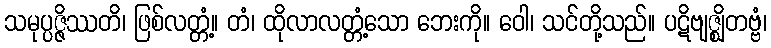
သမုပ္ပဇ္ဇိဿတိ၊ ဖြစ်လတ္တံ့။ တံ၊ ထိုလာလတ္တံ့သော ဘေးကို။ ဝေါ၊ သင်တို့သည်။ ပဋိဗျဇ္ဈိတဗ္ဗံ၊